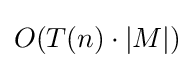
O(T(n)\cdot |M|)